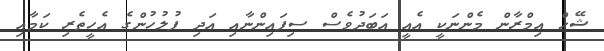
ޝޭޚް އިމްރާން މެންނަކީ އެއީ އަބަދުވެސް ސިފައިންނާއި އަދި ފުލުހުންގެ އެހީތެރި ކަމާއި